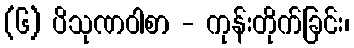
(၆) ပိသုဏဝါစာ - ကုန်းတိုက်ခြင်း၊